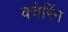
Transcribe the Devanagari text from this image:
क्वेरिंग